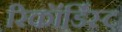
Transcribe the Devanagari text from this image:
रिकॉर्डिस्ट